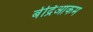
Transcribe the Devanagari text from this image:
बेद्रिआकम